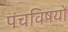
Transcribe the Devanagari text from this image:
पंचविषयों